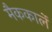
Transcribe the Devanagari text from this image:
मैककार्ले